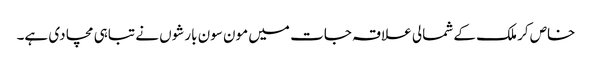
خاص کر ملک کے شمالی علاقہ جات میں مون سون بارشوں نے تباہی مچا دی ہے۔